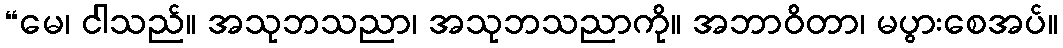
“မေ၊ ငါသည်။ အသုဘသညာ၊ အသုဘသညာကို။ အဘာဝိတာ၊ မပွားစေအပ်။